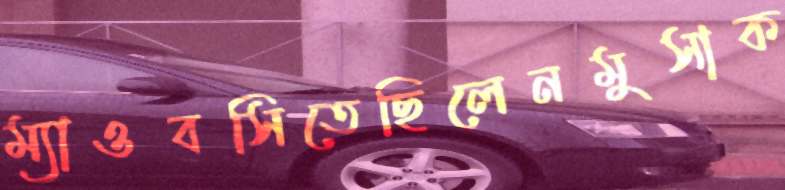
ম্যাওবসিতেছিলেনমুসাক